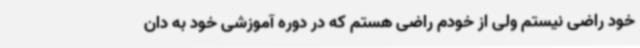
خود راضی نیستم ولی از خودم راضی هستم که در دوره آموزشی خود به دان